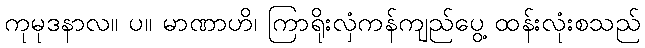
ကုမုဒနာလ။ ပ။ မာဏာဟိ၊ ကြာရိုးလှံကန်ကျည်ပွေ့ ထန်းလုံးစသည်